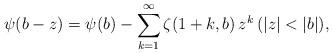
LaTeX: \begin{align*}\psi(b-z)=\psi(b)-\sum_{k=1}^\infty\zeta(1+k,b)\,z^k\,(|z|<|b|),\end{align*}